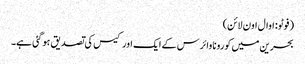
( فوٹو: اوال اون لائن)
بحرین میں کورونا وائرس کے ایک اور کیس کی تصدیق ہو گئی ہے۔